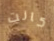
كانت